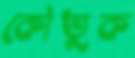
কৌতুক